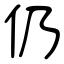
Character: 仍